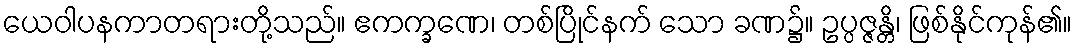
ယေဝါပနကာတရားတို့သည်။ ဧကက္ခဏေ၊ တစ်ပြိုင်နက် သော ခဏ၌။ ဥပ္ပဇ္ဇန္တိ၊ ဖြစ်နိုင်ကုန်၏။